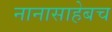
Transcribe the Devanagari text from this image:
नानासाहेबच